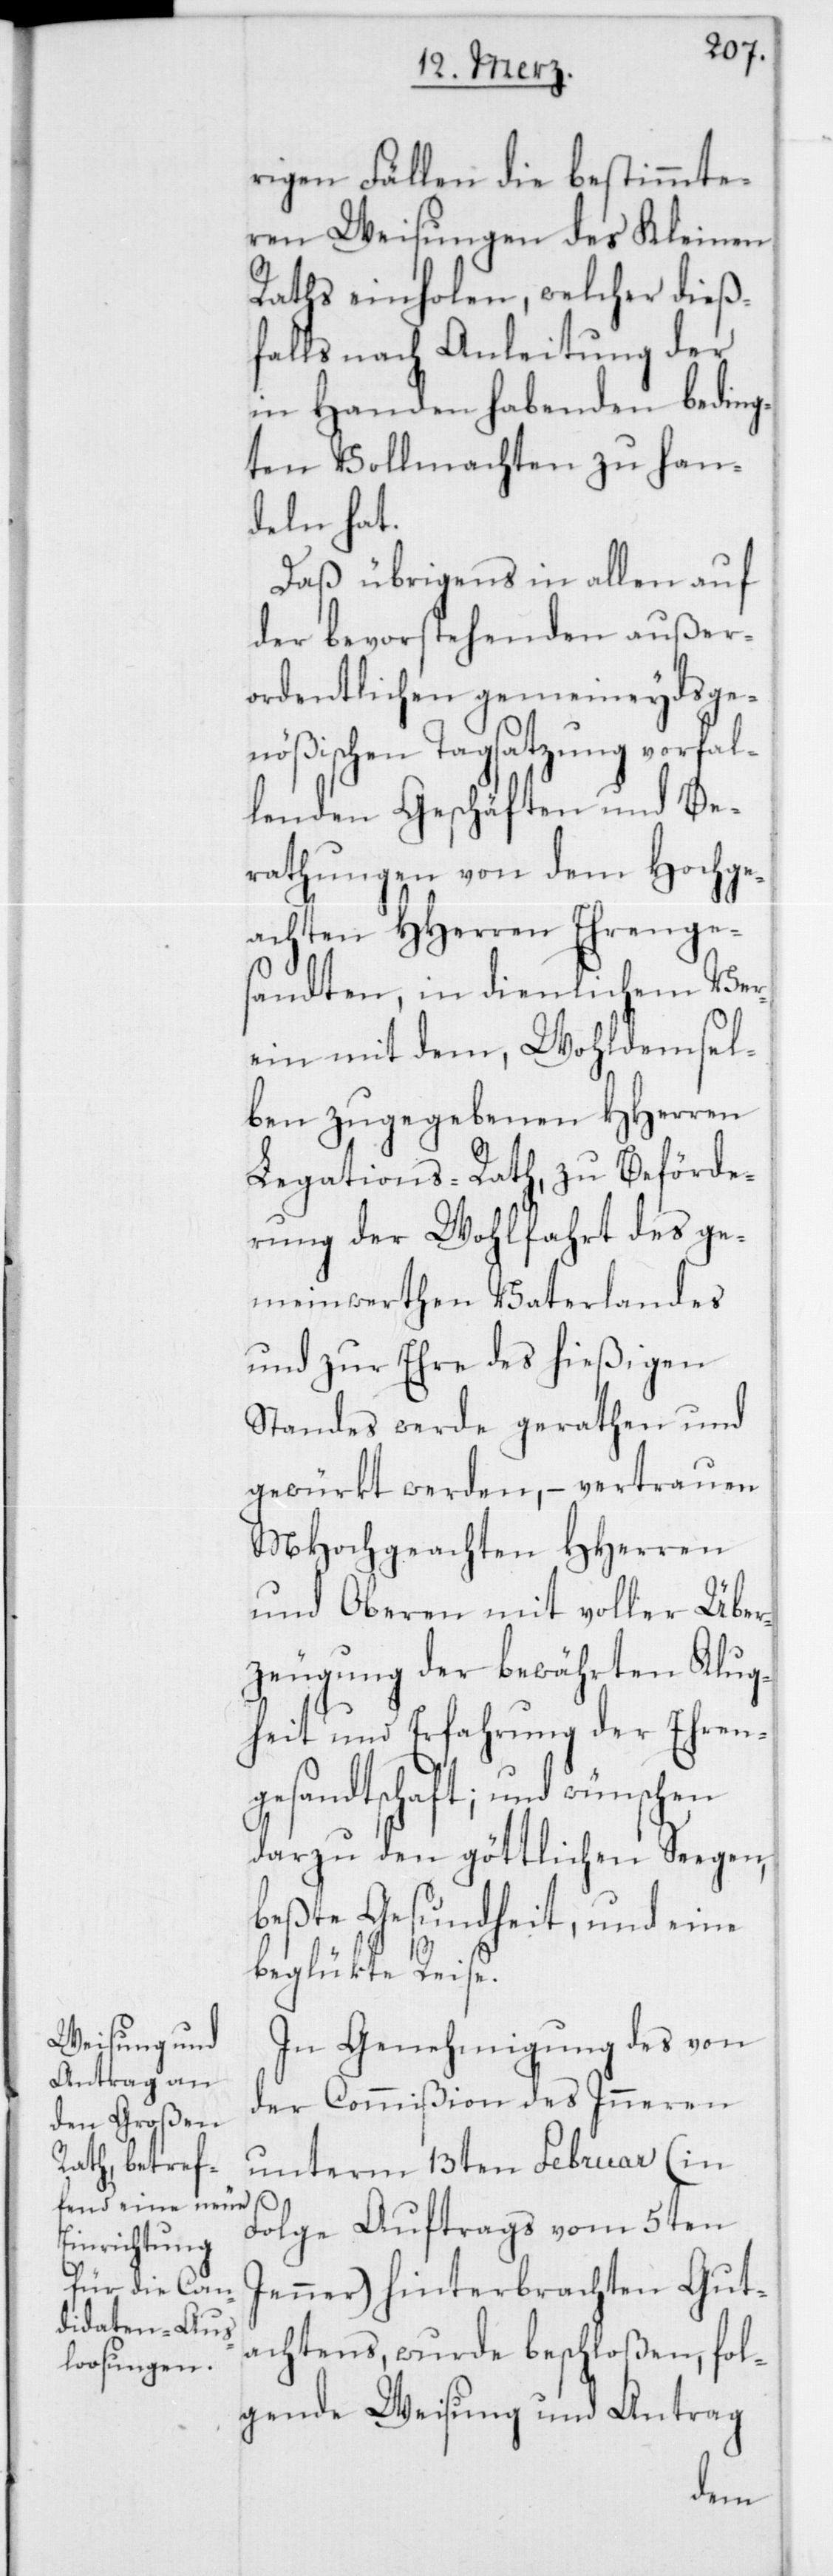
rigen Fällen die bestimmte¬
ren Weisungen des Kleinen
Raths einholen, welcher dieß¬
falls nach Anleitung der
in Handen habenden beding¬
ten Vollmachten zu han¬
deln hat.
Daß übrigens in allen auf
der bevorstehenden außer¬
ordentlichen gemeineydsge¬
nößischen Tagsatzung vorfal¬
lenden Geschäften und Be¬
rathungen von dem Hochge¬
achten HHerren Ehrenges¬
andten, in dienlichem Ver¬
ein mit dem, Wohldemsel¬
ben zugegebenen HHerren
Legations-Rath, zu Beförde¬
rung der Wohlfahrt des ge¬
meinwerthen Vaterlandes
und zu Ehre des hießigen
Standes werde gerathen und
gewürkt werden, – vertrauen
MHochgeachten HHerren
und Oberen mit voller Über¬
zeugung der bewährten Klug¬
heit und Erfahrung der Ehren¬
gesandtschaft; und wünschen
darzu den göttlichen Seegen,
beßte Gesundheit, und eine
beglückte Reise.
In Genehmigung des von
der Commißion des Inneren
unterm 13ten Februar (in
Folge Auftrags vom 5ten
Jenner) hinterbrachten Gut¬
achtens, wurde beschloßen, fol¬
gende Weisung und Antrag